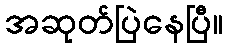
အဆုတ်ပြဲနေပြီ။